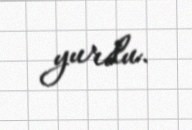
yurdu.